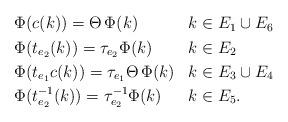
LaTeX: \begin{align*} \begin{aligned}&\Phi(c(k)) = \Theta \, \Phi(k) && k \in E_1 \cup E_6 \\&\Phi(t_{e_2}(k)) = \tau_{e_2} \Phi(k) && k \in E_2\\&\Phi(t_{e_1} c(k)) = \tau_{e_1} \Theta \, \Phi(k) && k \in E_3 \cup E_4\\&\Phi(t^{-1}_{e_2}(k)) = \tau^{-1}_{e_2} \Phi(k) && k \in E_5.\end{aligned}\end{align*}